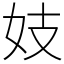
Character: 妓